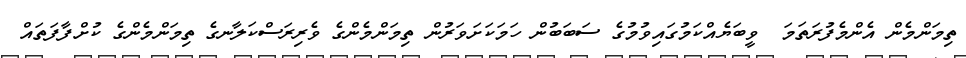
ތިމަންމެން އެންމެފުރަތަމަ  ވީބަޔެއްކަމުގައިވުުމުގެ ސަބަބުން ހަމަކަށަވަރުން ތިމަންމެންގެ ވެރިރަސްކަލާނގެ ތިމަންމެންގެ ކުށްފާފަތައް